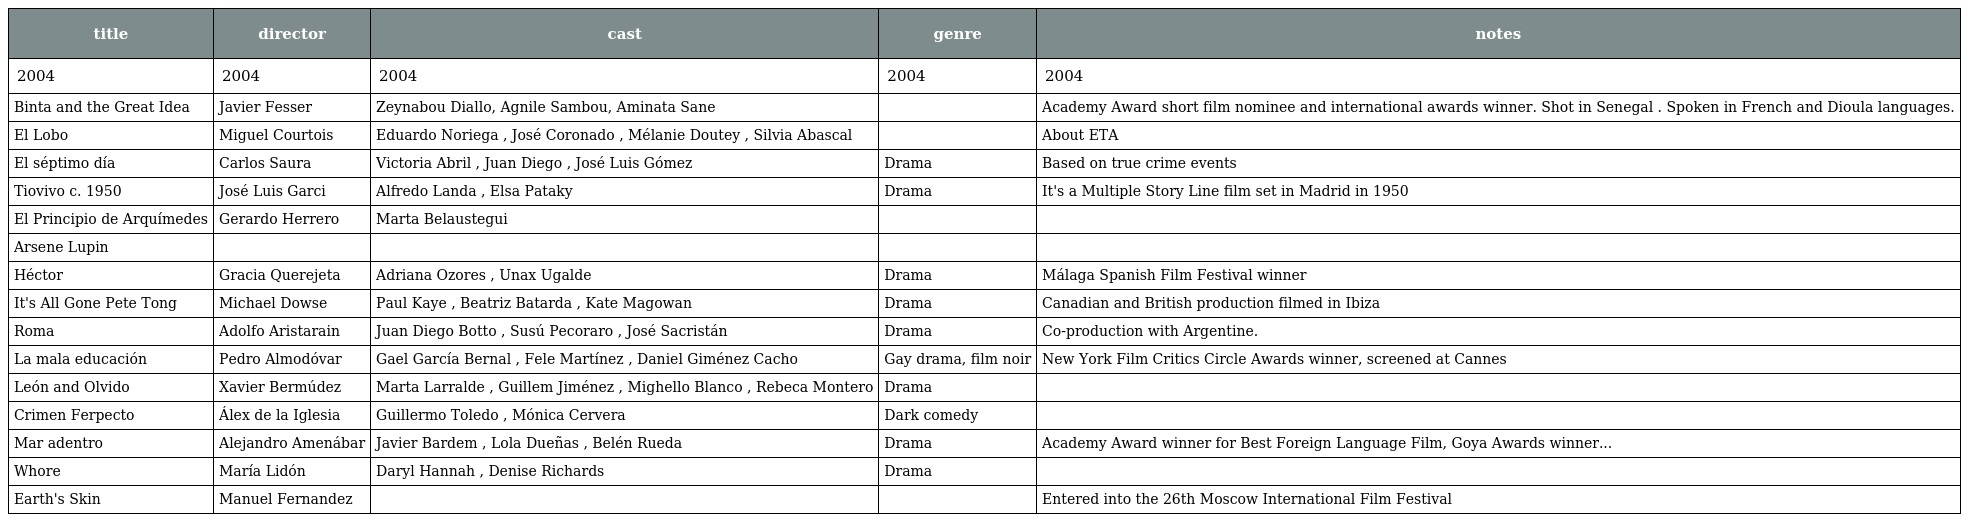
| title | director | cast | genre | notes |
 | --- | --- | --- | --- | --- |
 | 2004 | 2004 | 2004 | 2004 | 2004 |
 | Binta and the Great Idea | Javier Fesser | Zeynabou Diallo, Agnile Sambou, Aminata Sane |  | Academy Award short film nominee and international awards winner. Shot in Senegal . Spoken in French and Dioula languages. |
 | El Lobo | Miguel Courtois | Eduardo Noriega , José Coronado , Mélanie Doutey , Silvia Abascal |  | About ETA |
 | El séptimo día | Carlos Saura | Victoria Abril , Juan Diego , José Luis Gómez | Drama | Based on true crime events |
 | Tiovivo c. 1950 | José Luis Garci | Alfredo Landa , Elsa Pataky | Drama | It's a Multiple Story Line film set in Madrid in 1950 |
 | El Principio de Arquímedes | Gerardo Herrero | Marta Belaustegui |  |  |
 | Arsene Lupin |  |  |  |  |
 | Héctor | Gracia Querejeta | Adriana Ozores , Unax Ugalde | Drama | Málaga Spanish Film Festival winner |
 | It's All Gone Pete Tong | Michael Dowse | Paul Kaye , Beatriz Batarda , Kate Magowan | Drama | Canadian and British production filmed in Ibiza |
 | Roma | Adolfo Aristarain | Juan Diego Botto , Susú Pecoraro , José Sacristán | Drama | Co-production with Argentine. |
 | La mala educación | Pedro Almodóvar | Gael García Bernal , Fele Martínez , Daniel Giménez Cacho | Gay drama, film noir | New York Film Critics Circle Awards winner, screened at Cannes |
 | León and Olvido | Xavier Bermúdez | Marta Larralde , Guillem Jiménez , Mighello Blanco , Rebeca Montero | Drama |  |
 | Crimen Ferpecto | Álex de la Iglesia | Guillermo Toledo , Mónica Cervera | Dark comedy |  |
 | Mar adentro | Alejandro Amenábar | Javier Bardem , Lola Dueñas , Belén Rueda | Drama | Academy Award winner for Best Foreign Language Film, Goya Awards winner... |
 | Whore | María Lidón | Daryl Hannah , Denise Richards | Drama |  |
 | Earth's Skin | Manuel Fernandez |  |  | Entered into the 26th Moscow International Film Festival |